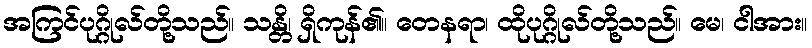
အကြင်ပုဂ္ဂိုလ်တို့သည်။ သန္တိ၊ ရှိကုန်၏။ တေနရာ၊ ထိုပုဂ္ဂိုလ်တို့သည်။ မေ၊ ငါအား။